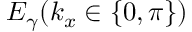
E _ { \gamma } ( k _ { x } \in \{ 0 , \pi \} )